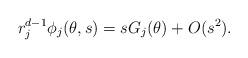
LaTeX: \begin{align*} r_j^{d-1}\phi_j(\theta,s)=sG_j(\theta)+O(s^2). \end{align*}